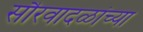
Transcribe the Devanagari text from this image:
सौरवादळांच्या